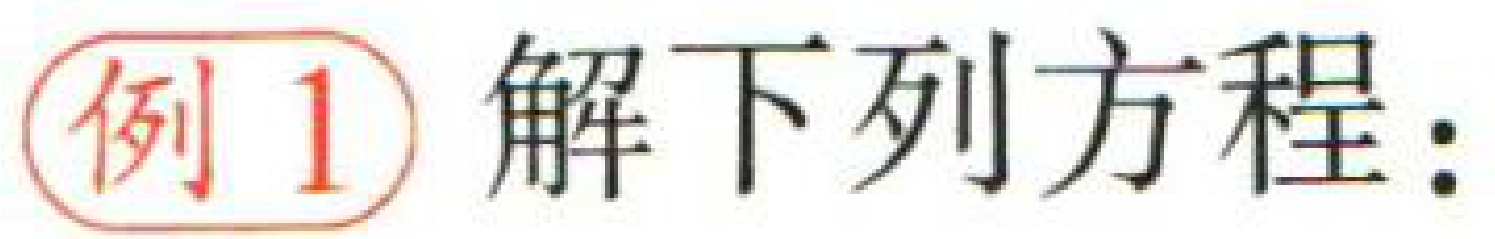
例 1 解下列方程：